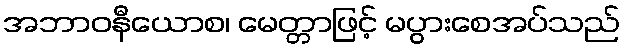
အဘာဝနီယောစ၊ မေတ္တာဖြင့် မပွားစေအပ်သည်